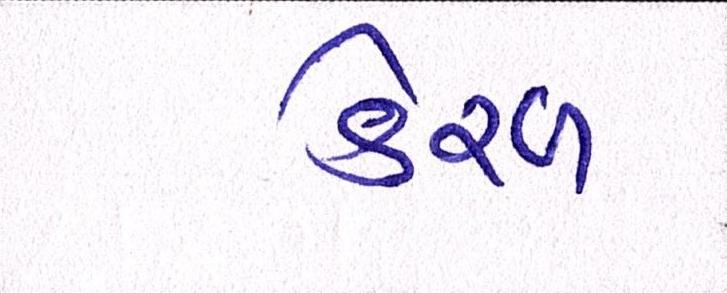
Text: કેરળ